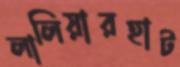
লালিয়ারহাট